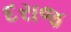
દરાજ